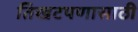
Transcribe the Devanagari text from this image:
तिखटपणासाठी